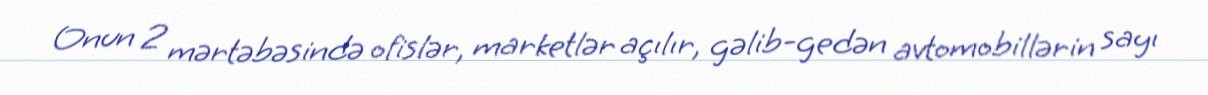
Onun 2 mərtəbəsində ofislər, marketlər açılır, gəlib-gedən avtomobillərin sayı